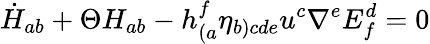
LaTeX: \dot{H}_{ab}+\Theta H_{ab}-h_{(a}^{f}\eta_{b)cde}u^{c}\nabla^{e}E_{f}^{d}=0